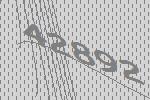
42892